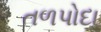
તળપોદા